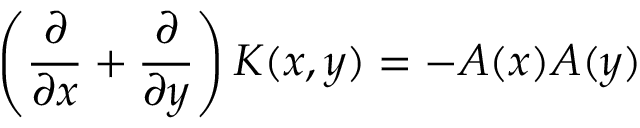
\left( { \frac { \partial } { \partial x } } + { \frac { \partial } { \partial y } } \right) K ( x , y ) = - A ( x ) A ( y )